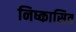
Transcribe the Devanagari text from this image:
निष्कासित